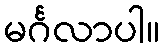
မင်္ဂလာပါ။